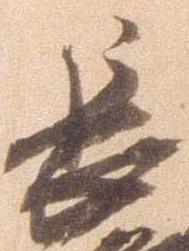
長